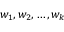
w _ { 1 } , w _ { 2 } , \ldots , w _ { k }